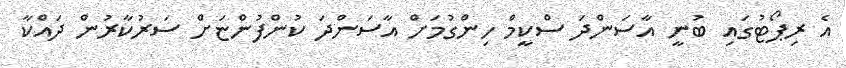
އެ ރިޕޯޓުގައި ބުނީ އާސަންދަ ސްކީމް ހިންގުމަށް އާސަންދަ ކުންފުންޏަށް ސަރުކާރުން ދައްކާ